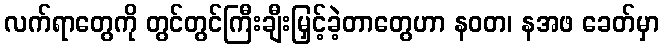
လက်ရာတွေကို တွင်တွင်ကြီးချီးမြှင့်ခဲ့တာတွေဟာ နဝတ၊ နအဖ ခေတ်မှာ